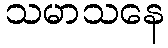
သမာသနေ